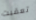
تعقبت